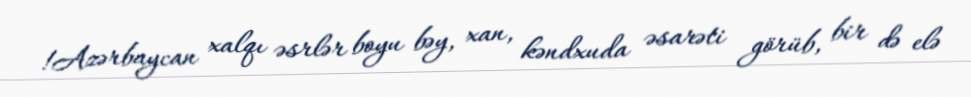
!Azərbaycan xalqı əsrlər boyu bəy, xan, kəndxuda əsarəti görüb, bir də elə